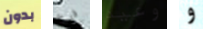
بدون فرخ وعيد و